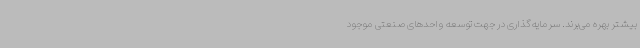
بیشتر بهره می‌برند. سرمایه‌گذاری در جهت توسعه واحدهای صنعتی موجود